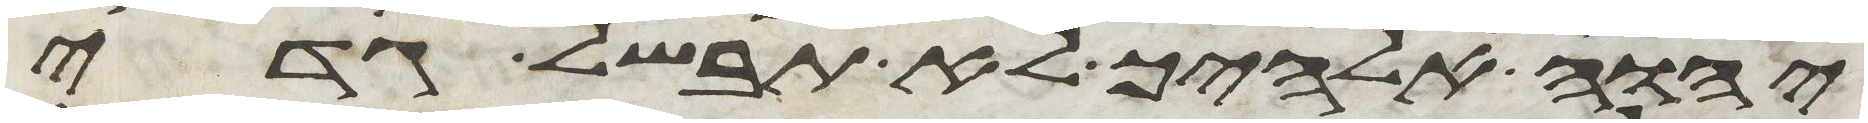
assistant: יהוה אלהיך לא תבשל גדי